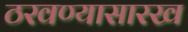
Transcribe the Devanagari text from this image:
ठरवण्यासारख